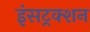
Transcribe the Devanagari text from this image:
इंसट्रक्शन